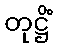
တုဋ္ဌိံ